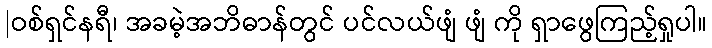
|ဝစ်ရှင်နရီ၊ အခမဲ့အဘိဓာန်တွင် ပင်လယ်ဖျံ ဖျံ ကို ရှာဖွေကြည့်ရှုပါ။